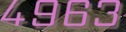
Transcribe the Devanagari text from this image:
४९६३